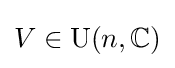
V\in \mathrm {U} (n,\mathbb {C} )